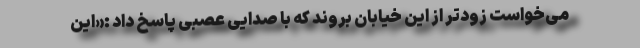
می‌خواست زودتر از این خیابان بروند که با صدایی عصبی پاسخ داد :«این